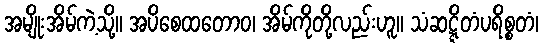
အမျိုးအိမ်ကဲ့သို့။ အပိစေထတောဝ၊ အိမ်ကိုတို့လည်းဟူ။ သံဆဋ္ဋိတံပရိစ္စတံ၊